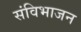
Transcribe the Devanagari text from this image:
संविभाजन